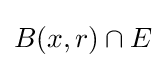
B(x,r)\cap E